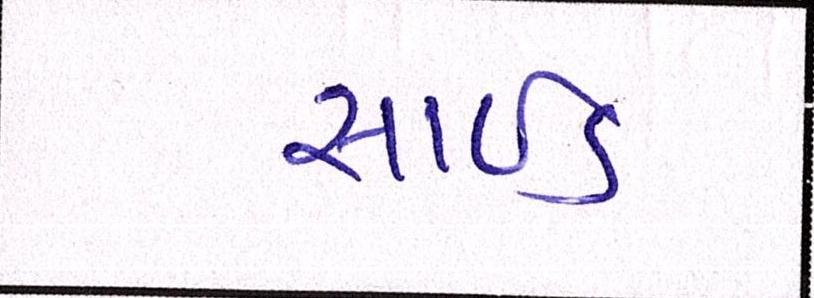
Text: સાઈડ